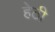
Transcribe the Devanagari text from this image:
हेठी